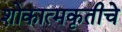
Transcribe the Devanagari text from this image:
शोकात्मकृतीचे